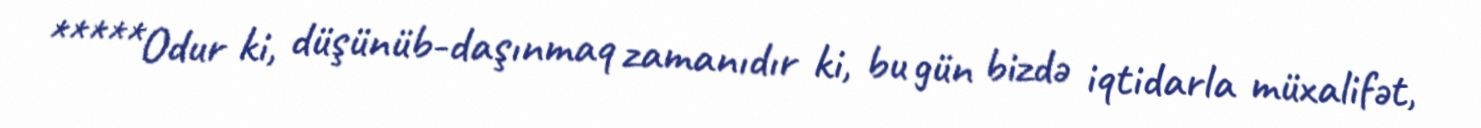
*****Odur ki, düşünüb-daşınmaq zamanıdır ki, bu gün bizdə iqtidarla müxalifət,